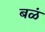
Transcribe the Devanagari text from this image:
बळं